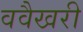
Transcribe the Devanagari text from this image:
ववैखरी